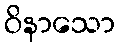
ဝိနာသော